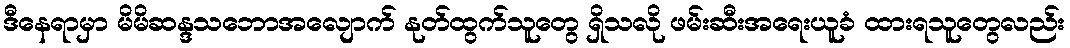
ဒီနေရာမှာ မိမိဆန္ဒသဘောအလျောက် နုတ်ထွက်သူတွေ ရှိသလို ဖမ်းဆီးအရေးယူခံ ထားရသူတွေလည်း